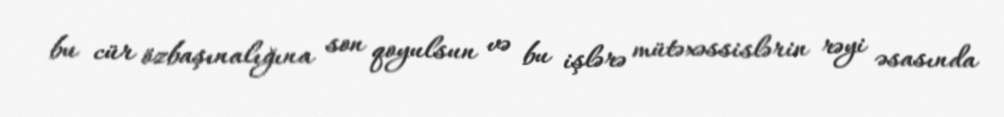
bu cür özbaşınalığına son qoyulsun və bu işlərə mütəxəssislərin rəyi əsasında